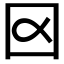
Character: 𡆢